Civil Veterinary Department Bengal reports 1923-33 - 1923-1933
Year: 1923
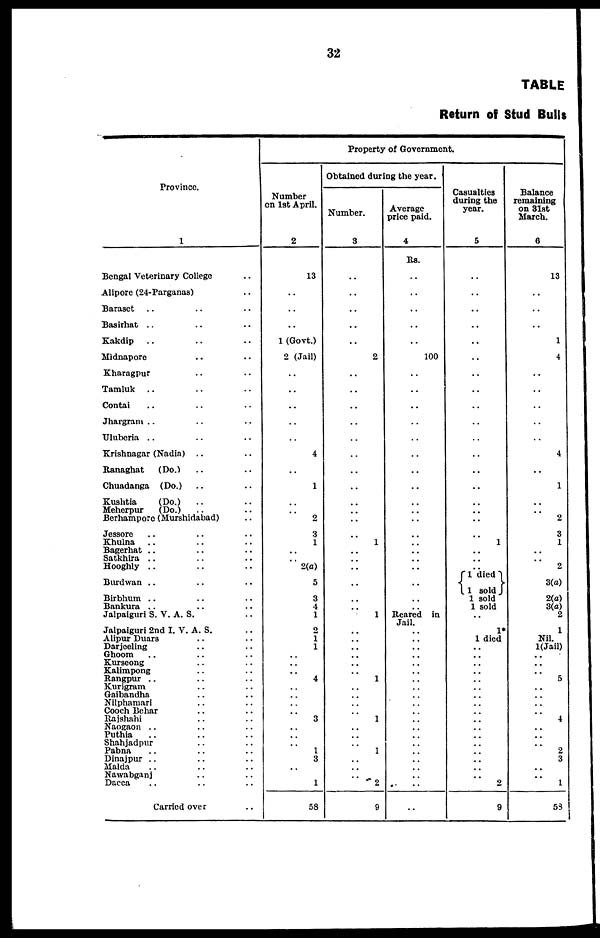
32
TABLE
Return of Stud Bulls
Province.
1
Bengal Veterinary College ..
Alipore (24-Parganas) ..
Barasct .. .. ..
Basirhat .. .. ..
Kakdip .. ... ...
Midnapore .. ..
Kharagpur .. ..
Tamluk .. .. ..
Contai .. .. ..
Jhargram .. .. ..
Uluberia .. .. ..
Krishnagar (Nadia) .. ..
Ranaghat
(Do.) .. ..
Chuadanga (Do.) .. ..
Kushtia
(Do.) .. ..
Meherpur
(Do.) .. ..
Berhampore (Murshidabad) ..
Jessore .. .. ..
Khulna .. .. ..
Bagerhat .. .. ..
Satkhira .. .. ..
Hooghly .. .. ..
Burdwan .. .. ..
Birbhum .. .. ..
Bankura
Jalpaiguri S. V. A. S. ..
Jalpaiguri 2nd I. V. A. S.
Alipur Duars .. ..
Darjeeling .. .. ..
Ghoom .. .. ..
Kurseong .. ..
Kalimpong .. ..
Rangpur .. .. ..
Kurigram .. ..
Gaibandha .. .. ..
Nilphamari .. ..
Cooch Behar .. ..
Rajshahi .. ..
Naogaon .. ... ..
Puthia .. .. ..
Shahjadpur .. ..
Pabna .. .. ..
Dinajpur .. .. ..
Malda .. ..
Nawabganj .. ..
Dacca .. .. ..
Carried over ..
Property of Government.
Number
on 1st April.
2
13
..
..
..
1 (Govt.)
2 (Jail)
..
..
..
..
..
4
..
1
..
..
2
3
1
..
..
2(a)
5
3
4
1
2
1
1
..
..
..
4
..
..
..
..
3
..
..
..
1
3
..
1
58
Obtained during the year.
Number.
3
..
..
..
..
..
2
..
..
..
..
..
..
..
..
..
..
..
..
1
..
..
..
..
..
..
..
1
..
..
..
..
..
1
..
..
..
..
1
..
..
..
1
..
..
..
2
9
Average
price paid.
4
Rs.
..
..
..
..
..
100
..
..
..
..
..
..
..
..
..
..
..
..
..
..
..
..
..
Reared in
Jail.
..
..
..
..
..
..
..
..
..
..
..
..
..
..
..
..
..
..
..
Casualties
during the
year.
5
..
..
..
..
..
..
..
..
..
..
..
..
..
..
..
..
..
..
1
..
.. 1 died
.. 1 sold
1 sold
1 sold
..
..
1*
1 died
..
..
..
..
..
..
..
..
..
..
..
..
..
..
..
2
9
Balance
remaining
on 31st
March.
6
13
..
..
..
1
4
..
..
..
..
..
4
..
1
..
..
2
3
1
..
..
2
3(a)
..
2(a)
3(a)
2
..
1
Nil.
l(Jail)
..
..
..
5
..
..
..
..
4
..
..
..
2
3
..
..
1
53